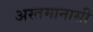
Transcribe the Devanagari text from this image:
अस्तमानासी